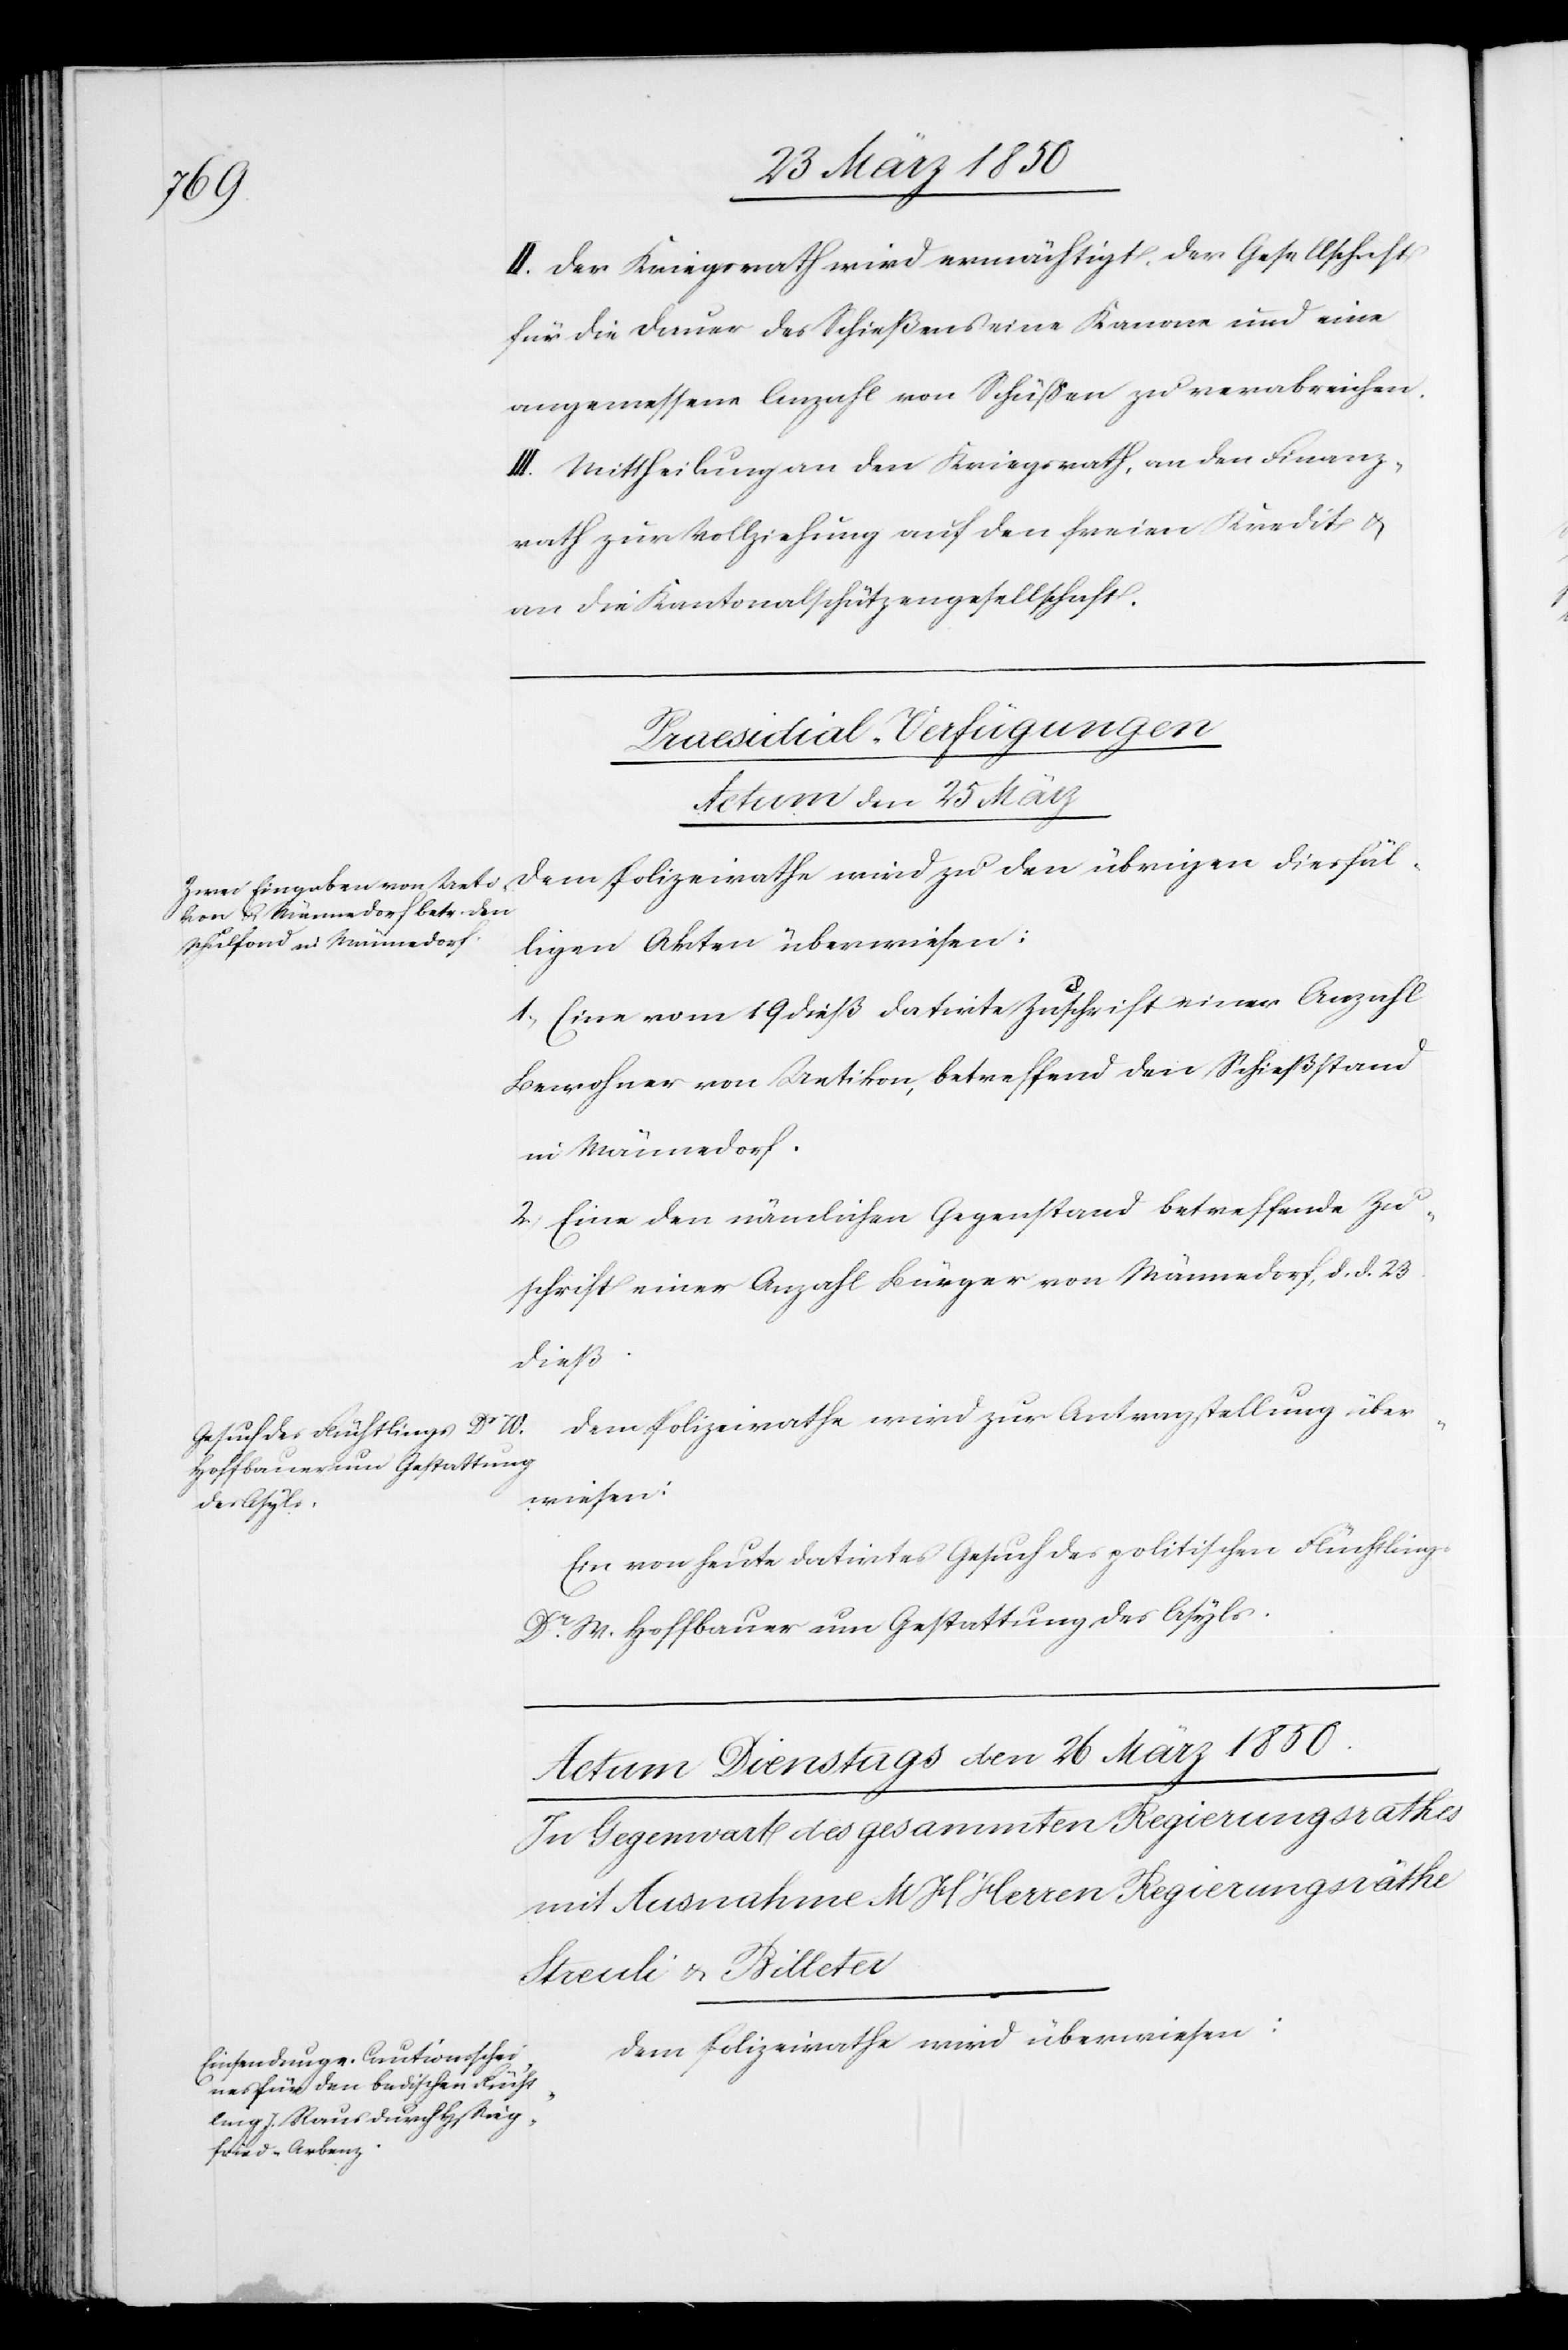
irathe
II. Der Kriegsrath wird ermächtigt, der Gesellschaft
für die Dauer des Schießens eine Kanone und eine
angemessene Anzahl von Schüßen zu verabreichen.
III. Mittheilung an den Kriegsrath, an den Finanz¬
rath zur Vollziehung auf den freien Kredit u.
an die Kantonalschützengesellschaft.
[Praesidial-Verfügungen
Actum den 25 März]
ligen Akten überwiesen:
1. Eine vom 19 dieß datirte Zuschrift einer Anzahl
Bewohner von Uetikon, betreffend den Schießstand
in Männedorf.
2. Eine den nämlichen Gegenstand betreffende Zu¬
schrift einer Anzahl Bürger von Männedorf, d. d. 23
dieß.
Dem Polizeirathe wird zur Antragstellung über¬
wiesen:
diesfäl¬
Ein von heute datirtes Gesuch des politischen Flüchtlings
Dr M. Hoffbauer um Gestattung des Asyls.
Dem Polizeirathe wird überwiesen: